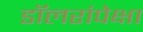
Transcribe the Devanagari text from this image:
डॉलरांपेक्षा